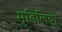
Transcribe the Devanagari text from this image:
मुडिलिया